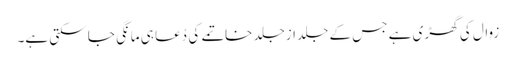
زوال کی گھڑی ہے جس کے جلد ازجلد خاتمے کی دُعا ہی مانگی جا سکتی ہے۔